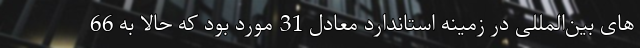
های بین‌المللی در زمینه استاندارد معادل 31 مورد بود که حالا به 66